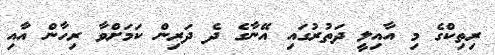
ރިތިކްގެ މި އާއިލީ ދަތުރުގައި އޭނާގެ ދެ ދަރިން ކަމަށްވާ ރިހާން އާއި